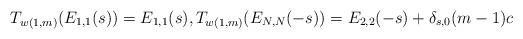
LaTeX: \begin{gather*}T_{w(1,m)}(E_{1,1}(s)) = E_{1,1}(s),T_{w(1,m)}(E_{N,N}(-s)) = E_{2,2}(-s) + \delta_{s,0}(m-1)c\end{gather*}